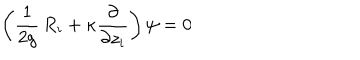
\left( \frac { 1 } { 2 g } \, R _ { i } + \kappa \frac { \partial } { \partial z _ { i } } \right) \psi = 0